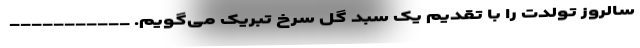
سالروز تولدت را با تقدیم یک سبد گل سرخ تبریک می‌گویم. ___________